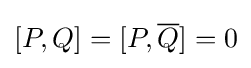
[P,Q]=[P,{\overline {Q}}]=0